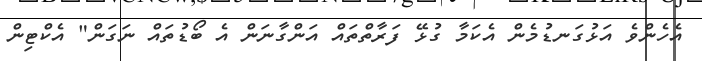
އެހެންވެ އަޅުގަނޑުމެން އެކަމާ ގުޅޭ ފަރާތްތައް އަންގާނަން އެ ބޯޑުތައް ނަގަން" އެކްޓިން